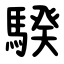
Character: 騤